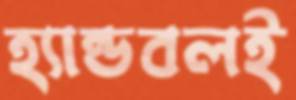
হ্যান্ডবলই